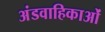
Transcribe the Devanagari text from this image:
अंडवाहिकाओं